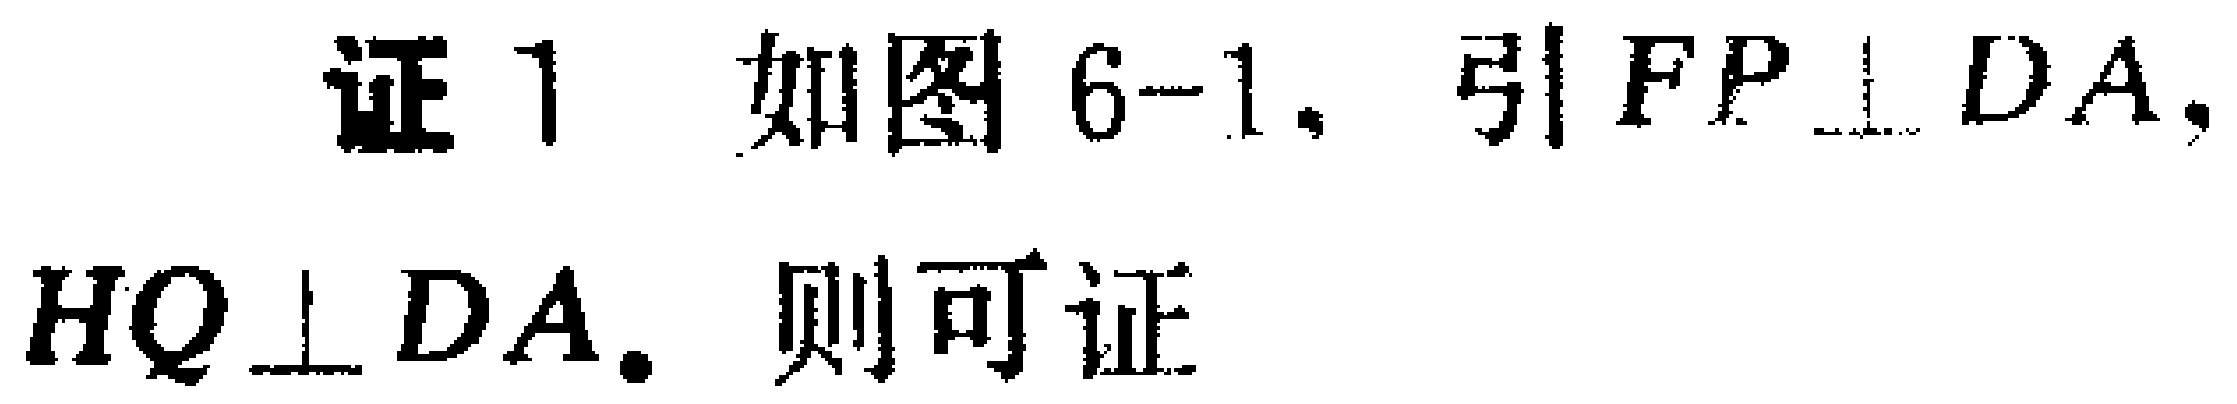
证 1. 如图 6-1，引 \(FP\perp DA\)， \(HQ\perp DA\). 则可证